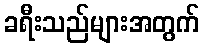
ခရီးသည်များအတွက်